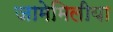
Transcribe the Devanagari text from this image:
जामेमिलीया